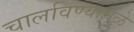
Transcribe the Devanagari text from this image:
चालविण्यामुळे